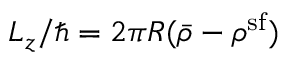
L _ { z } / \hbar = 2 \pi R ( \bar { \rho } - \rho ^ { \mathrm { s f } } )